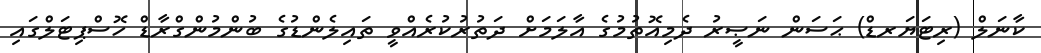
ކާނަލް (ރިޓަޔަރޑް) ޙަސަން ނަޞީރު ދެމިއޮތުމުގެ އާލަމަށް ދަތުރުކުރެއްވީ ތައިލެންޑުގެ ބުންމުންގްރާޑް ހޮސްޕިޓަލްގައި